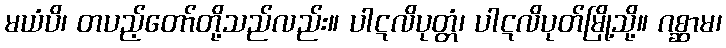
မယံပိ၊ တပည့်တော်တို့သည်လည်း။ ပါဋလိပုတ္တံ၊ ပါဋလိပုတ်မြို့သို့။ ဂစ္ဆာမ၊